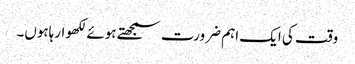
وقت کی ایک اہم ضرورت سمجھتے ہوئے لکھوارہاہوں۔